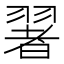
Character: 𦑥